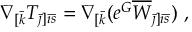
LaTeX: \nabla _ { [ \bar { k } } T _ { { \bar { \jmath } } ] { \bar { \imath } } { \bar { s } } } = \nabla _ { [ \bar { k } } ( e ^ { G } \overline { { { W } } } _ { { \bar { \jmath } } ] { \bar { \imath } } \bar { s } } ) \ ,